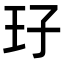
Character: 㺭